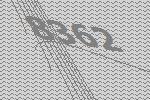
8362